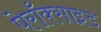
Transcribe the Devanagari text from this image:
पेराँक्साइड